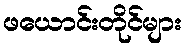
ဖယောင်းတိုင်များ